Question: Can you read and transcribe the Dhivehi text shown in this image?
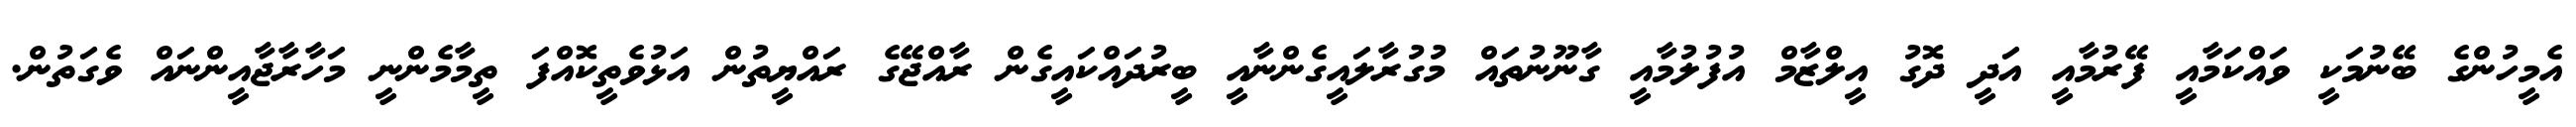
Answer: އެމީހުންގެ ބޭނުމަކީ ވައްކަމާއީ ފޭރުމާއީ އަދީ ދޮގު އީލްޒާމް އުފުލުމާއީ ގާނޫނުތައް މުގުރާލައީގެންނާއީ ބީރުދައްކައީގެން ރާއްޖޭގެ ރައްޔީތުން އަޅުވެތީކޮއްފަ ތީމާމެންނީ މަހާރާޖާއީންނައް ވެގަތުން.